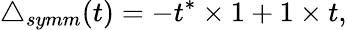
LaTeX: \triangle_{symm}(t)=-t^{*}\times 1+1\times t,